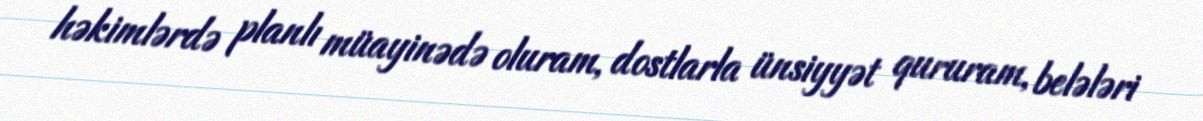
həkimlərdə planlı müayinədə oluram, dostlarla ünsiyyət qururam, belələri